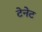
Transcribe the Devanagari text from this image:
टेनेट